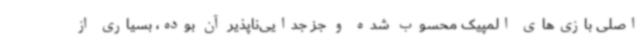
اصلی بازی‌های المپیک محسوب شده و جز جدایی‌ناپذیر آن بوده، بسیاری از